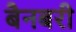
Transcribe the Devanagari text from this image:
बैनबरी